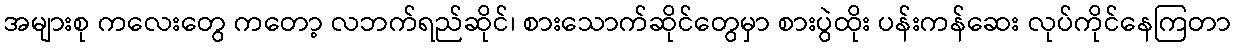
အများစု ကလေးတွေ ကတော့ လဘက်ရည်ဆိုင်၊ စားသောက်ဆိုင်တွေမှာ စားပွဲထိုး ပန်းကန်ဆေး လုပ်ကိုင်နေကြတာ